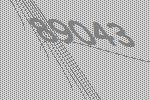
89043